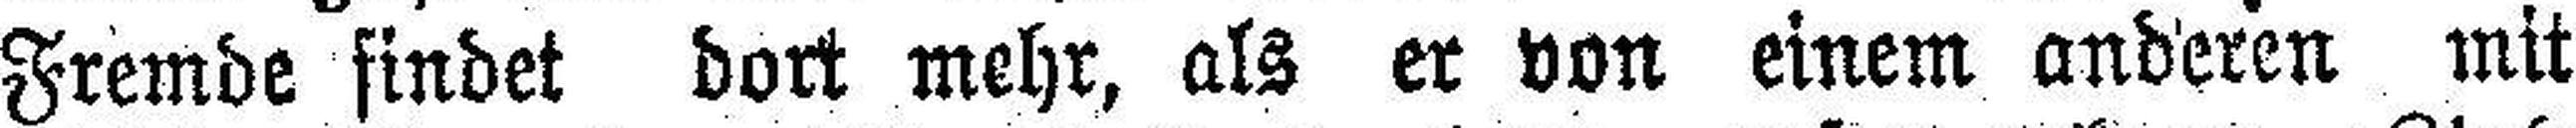
Fremde findet dort mehr, als er von einem anderen mit